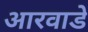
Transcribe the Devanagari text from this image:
आरवाडे